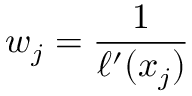
w _ { j } = { \frac { 1 } { \ell ^ { \prime } ( x _ { j } ) } }